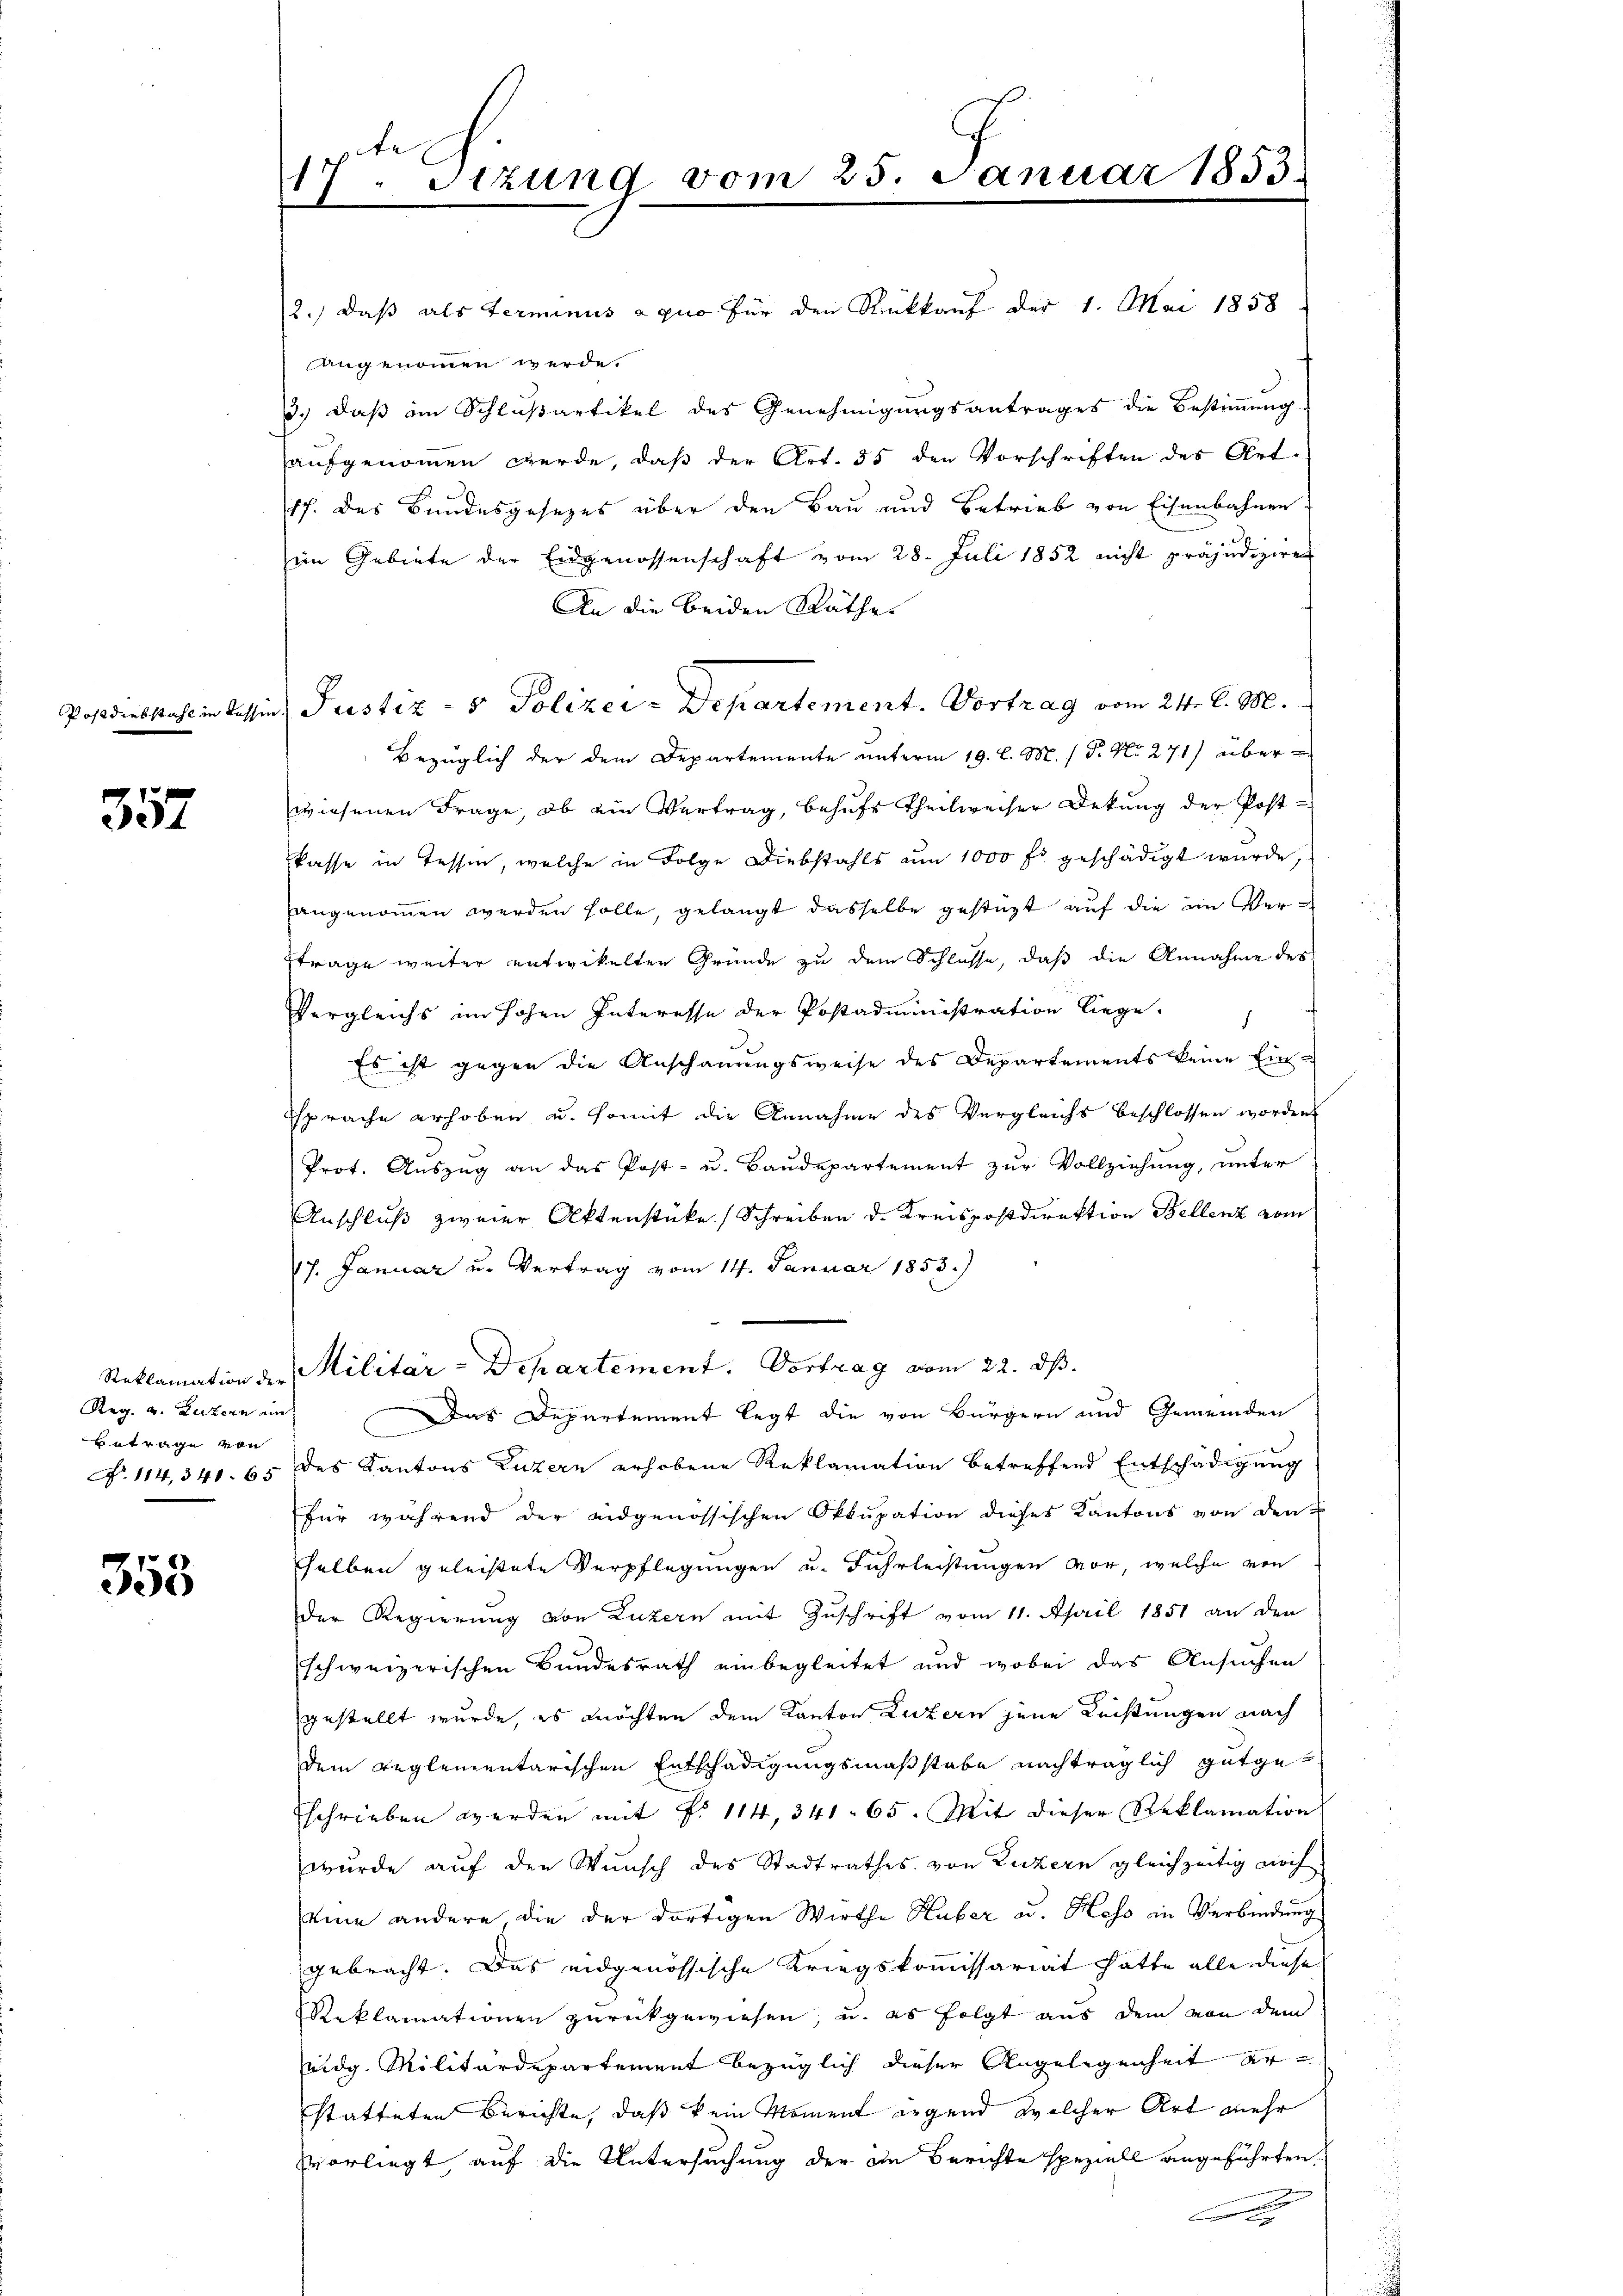
Postdiebstahl in desse

357

Betrage von

355

17. Setzung vom 25. Januar 1853.

2.) daß als Terminus a quo für den Rückkauf der 1. Mai 1858
angenommen werde.
3.) daß im Schlußartikel des Genehmigungsantrages die Bestimmung
aufgenommen werde, daß der Art. 35 den Vorschriften des Ort¬
17. des Bundesgesezes über den Bau und Betrieb von Eisenbahnen
im Gebiete der Eidgenossenschaft vom 28. Juli 1852 nicht präjudiziren
An die beiden Räthe
Bezüglich der dem Departemente unterm 19. l. M. P. Nr. 271) über
wiesenen Frage, ob ein Vertrag, behufs Theilweiser Dekung der Postkasse in Tessin, welche in Folge Diebstahls um 1000 fr. geschädigt wurde,
angenommen werden solle, gelangt dasselbe gestüzt auf die ein Ver¬
Etrage weiter entwickelten Gründe zu dem Schlüsse, daß die Annahme des
Vergleichs im Hohen Interesse der Postadministration liege.
Es ist gegen die Anschauungsweise des Departements keine Einsprache erhoben u. somit die Annahme des Vergleichs beschlossen worden
Prot. Auszug an das Post- u. Baŭdepartement zur Vollziehung, unter
Anschluß zweier Aktenstücke Schreiben d. Kreispostdirektion Bellenz vom
17. Januar u. Vertrag vom 14. Januar 1853.)
Reklamation der Militär-Departement. Vortrag vom 22. dβ.
Reg. v. Luzern in Das Departement legt die von Bürgern und Gemeinden
No. 114, 341. 65 des Kantons Luzern erhobene Reklamation betreffend Entschädigŭng
für während der eidgenössischen Okkupation dieses Kantons von den E
sselben geleistete Verpflegungen u. Fuhrleistungen vor, welche von
Der Regierung von Luzern mit Zuschrift vom 11. April 1851 an den
schweizerischen Bundesrath einbegleitet und wobei das Ansuchen
gestellt wurde, es möchten dem Kanton Luzern jene Leistungen nach
dem reglementarischen Entschädigungsmaßstabe nachträglich gutge-
schrieben werden mit No 114, 341. 65. Mit dieser Reklamation
wurde auf den Wunsch des Stadtrathes von Luzern gleichzeitig noch
eine andere die der dortigen Wirthe Huber a. Hess in Verbindung
gebracht. Das eidgenössische Kriegskommissariat hatte alle diese
Reklamationen zŭrückgewiesen, u. es folgt aŭs dem von dem
eidg. Militärdepartement bezüglich dieser Angelegenheit erstatteten Berichte, daß kein Moment irgend welcher Art mehr
vorliegt, auf die Untersuchung der in Berichte speziell angeführten.
n
x

in Justiz- & Polizei-Departement. Vortrag vom 24. d. M.